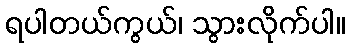
ရပါတယ်ကွယ်၊ သွားလိုက်ပါ။